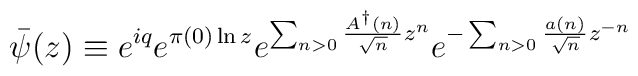
{\bar \psi}(z) \equiv e^{iq} e^{\pi(0)\ln z} e^{\sum_{n>0} \frac{A^{\dag}(n)}{\sqrt{n}}z^n} e^{-\sum_{n>0} \frac {a(n)}{\sqrt{n}}z^{-n}}